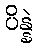
ပိန္နဲ